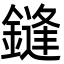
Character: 鏠